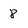
Character: 8